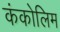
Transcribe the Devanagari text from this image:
कंकोलिम